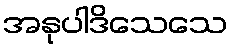
အနုပါဒိသေသေ